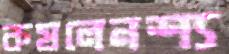
কষলেনশ্য